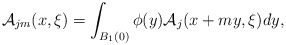
\begin{align*}\mathcal{A}_{jm}(x,\xi)= \int_{B_1(0)} \phi(y) \mathcal{A}_j(x+my, \xi) dy, \end{align*}